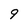
Character: 9